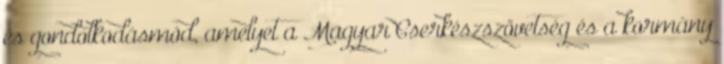
és gondolkodásmód, amelyet a Magyar Cserkészszövetség és a kormány